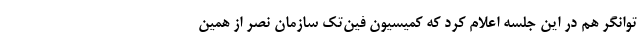
توانگر هم در اين جلسه اعلام كرد كه كميسيون فين‌تك سازمان نصر از همين